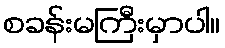
စခန်းမကြီးမှာပါ။